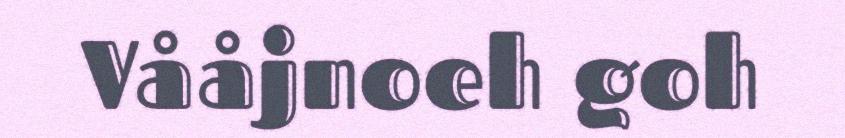
Vååjnoeh goh